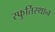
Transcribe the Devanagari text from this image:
स्फुर्तिस्थान